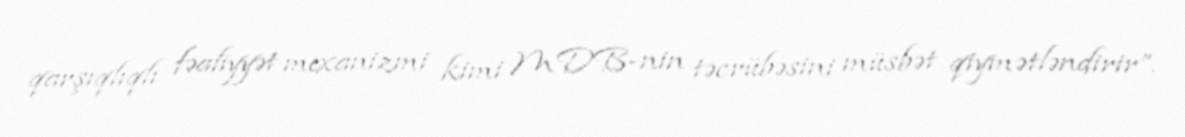
qarşıqlıqlı fəaliyyət mexanizmi kimi MDB-nin təcrübəsini müsbət qiymətləndirir”.